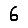
Digit: 6